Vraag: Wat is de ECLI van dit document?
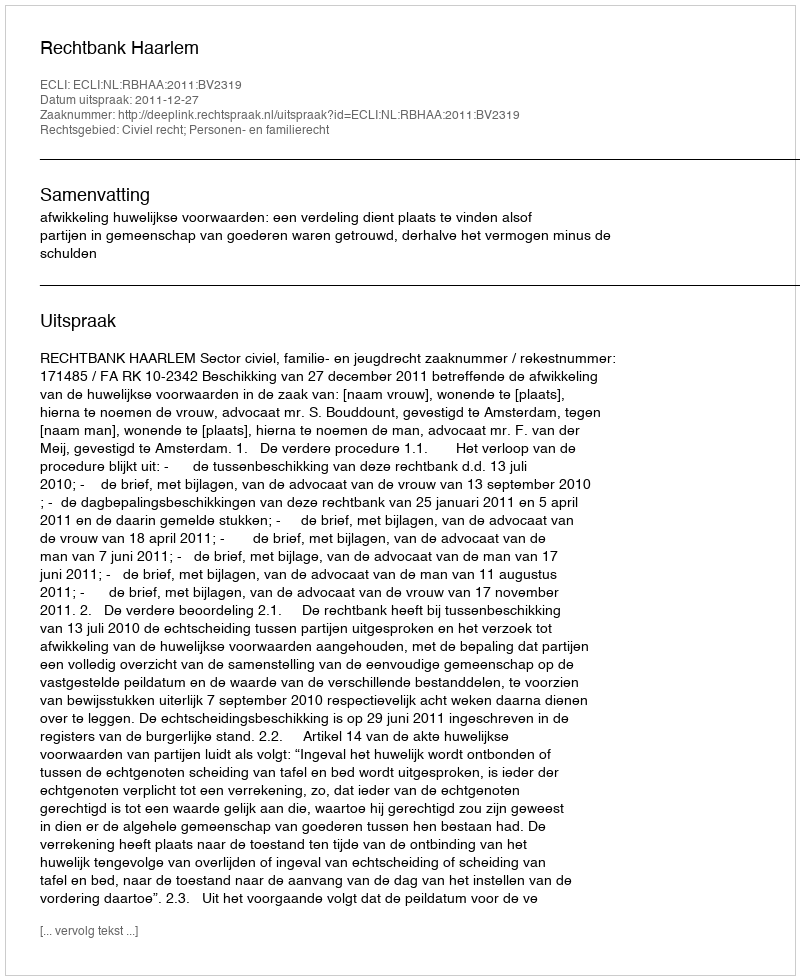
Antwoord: ECLI:NL:RBHAA:2011:BV2319